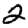
Digit: 2